Civil Veterinary Dept. Bombay admin report 1907-1913 - 1907-1913
Year: 1907
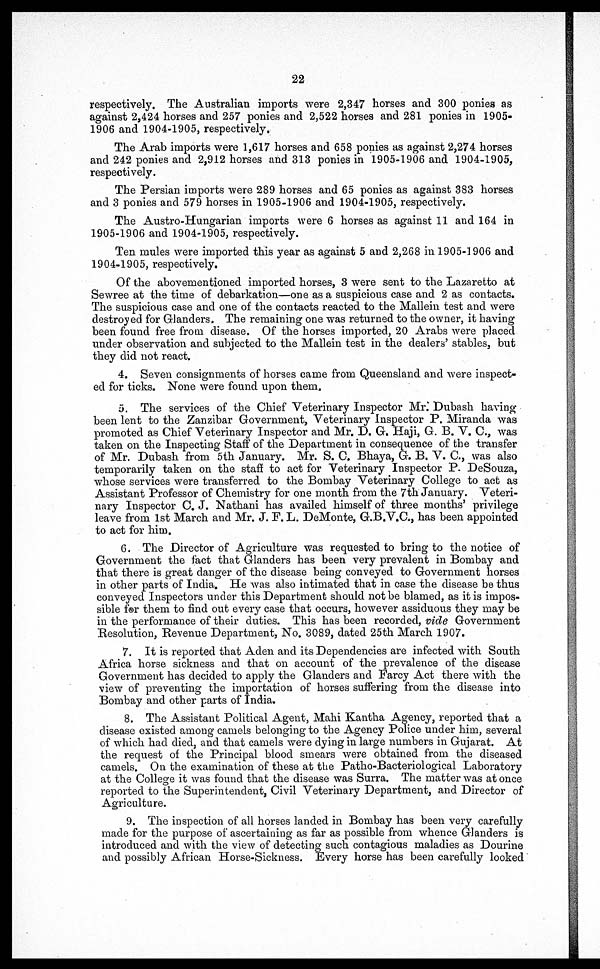
22
respectively. The Australian imports were 2,347 horses and 300 ponies as
against 2,424 horses and 257 ponies and 2,522 horses and 281 ponies in 1905-
1906 and 1904-1905, respectively.
The Arab imports were 1,617 horses and 658 ponies as against 2,274 horses
and 242 ponies and 2,912 horses and 313 ponies in 1905-1906 and 1904-1905,
respectively.
The Persian imports were 289 horses and 65 ponies as against 383 horses
and 3 ponies and 579 horses in 1905-1906 and 1904-1905, respectively.
The Austro-Hungarian imports were 6 horses as against 11 and 164 in
1905-1906 and 1904-1905, respectively.
Ten mules were imported this year as against 5 and 2,268 in 1905-1906 and
1904-1905, respectively.
Of the abovementioned imported horses, 3 were sent to the Lazaretto at
Sewree at the time of debarkation—one as a suspicious case and 2 as contacts.
The suspicious case and one of the contacts reacted to the Mallein test and were
destroyed for Glanders. The remaining one was returned to the owner, it having
been found free from disease. Of the horses imported, 20 Arabs were placed
under observation and subjected to the Mallein test in the dealers' stables, but
they did not react.
4. Seven consignments of horses came from Queensland and were inspect-
ed for ticks. None were found upon them.
5. The services of the Chief Veterinary Inspector Mr. Dubash having
been lent to the Zanzibar Government, Veterinary Inspector P. Miranda was
promoted as Chief Veterinary Inspector and Mr. D. G. Haji, G. B. V. C., was
taken on the Inspecting Staff of the Department in consequence of the transfer
of Mr. Dubash from 5th January. Mr. S. C. Bhaya, G. B. V. C., was also
temporarily taken on the staff to act for Veterinary Inspector P. DeSouza,
whose services were transferred to the Bombay Veterinary College to act as
Assistant Professor of Chemistry for one month from the 7th January. Veteri-
nary Inspector C. J. Natkani has availed himself of three months' privilege
leave from 1st March and Mr. J. F. L. DeMonte, G.B.V.C, has been appointed
to act for him.
6. The Director of Agriculture was requested to bring to the notice of
Government the fact that Glanders has been very prevalent in Bombay and
that there is great danger of the disease being conveyed to Government horses
in other parts of India. He was also intimated that in case the disease be thus
conveyed Inspectors under this Department should not be blamed, as it is impos-
sible for them to find out every case that occurs, however assiduous they may be
in the performance of their duties. This has been recorded, vide Government
Resolution, Revenue Department, No. 3089, dated 25th March 1907.
7. It is reported that Aden and its Dependencies are infected with South
Africa horse sickness and that on account of the prevalence of the disease
Government has decided to apply the Glanders and Farcy Act there with the
view of preventing the importation of horses suffering from the disease into
Bombay and other parts of India.
8. The Assistant Political Agent, Mahi Kantha Agency, reported that a
disease existed among camels belonging to the Agency Police under him, several
of which had died, and that camels were dying in large numbers in Gujarat. At
the request of the Principal blood smears were obtained from the diseased
camels. On the examination of these at the Patho-Bacteriological Laboratory
at the College it was found that the disease was Surra. The matter was at once
reported to the Superintendent, Civil Veterinary Department, and Director of
Agriculture.
9. The inspection of all horses landed in Bombay has been very carefully
made for the purpose of ascertaining as far as possible from whence Glanders is
introduced and with the view of detecting such contagious maladies as Dourine
and possibly African Horse-Sickness. Every horse has been carefully looked